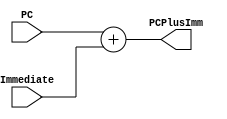
`timescale 1ns / 1ps
//////////////////////////////////////////////////////////////////////////////////
// Company: 
// Engineer: 
// 
// Design Name: 
// Module Name:    Add16Bit 
// Project Name: 
// Target Devices: 
// Tool versions: 
// Description: 
//
// Dependencies: 
//
// Revision: 
// Revision 0.01 - File Created
// Additional Comments: 
//
//////////////////////////////////////////////////////////////////////////////////
module Add16Bit(
    input [15:0] PC,
    input [15:0] Immediate,
    output [15:0] PCPlusImm
    );

	assign PCPlusImm = PC + Immediate;

endmodule